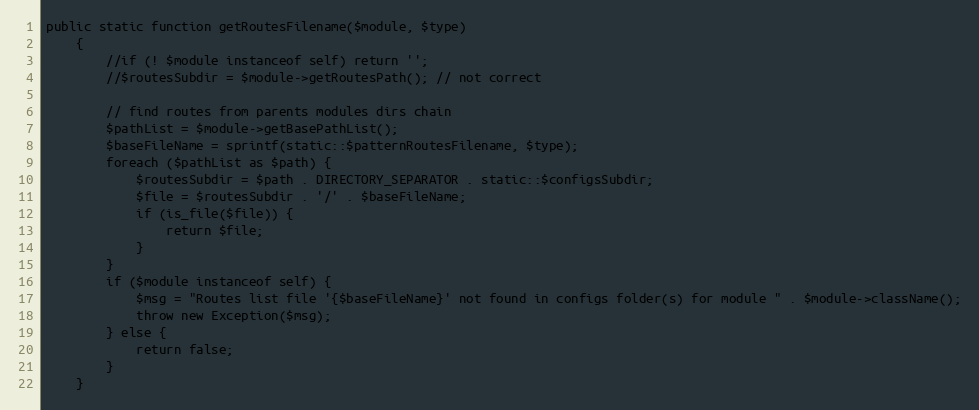
Language: PHP
public static function getRoutesFilename($module, $type)
    {
        //if (! $module instanceof self) return '';
        //$routesSubdir = $module->getRoutesPath(); // not correct

        // find routes from parents modules dirs chain
        $pathList = $module->getBasePathList();
        $baseFileName = sprintf(static::$patternRoutesFilename, $type);
        foreach ($pathList as $path) {
            $routesSubdir = $path . DIRECTORY_SEPARATOR . static::$configsSubdir;
            $file = $routesSubdir . '/' . $baseFileName;
            if (is_file($file)) {
                return $file;
            }
        }
        if ($module instanceof self) {
            $msg = "Routes list file '{$baseFileName}' not found in configs folder(s) for module " . $module->className();
            throw new Exception($msg);
        } else {
            return false;
        }
    }